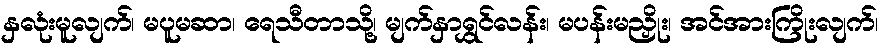
နှလုံးမူလျက်၊ မပူမဆာ၊ ရေသီတာသို့၊ မျက်နှာရွှင်လန်း၊ မပန်းမညှိုး၊ အင်အားကြိုးလျက်၊